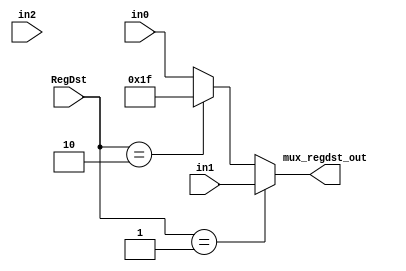
`timescale 1ns / 1ps
//////////////////////////////////////////////////////////////////////////////////
// Company: 
// Engineer: 
// 
// Design Name: 
// Module Name:    mux 
// Project Name: 
// Target Devices: 
// Tool versions: 
// Description: 
//
// Dependencies: 
//
// Revision: 
// Revision 0.01 - File Created
// Additional Comments: 
//
//////////////////////////////////////////////////////////////////////////////////
module mux_regdst(
	input [4:0] in0,
	input [4:0] in1,
	input [4:0] in2,  // if RegDst == 2 , then it's jal , write register $31 
	input [1:0] RegDst,
	output [4:0] mux_regdst_out
    );
	 //assign in2 = 31;
	 assign mux_regdst_out = (RegDst == 1)? in1 :
									 (RegDst == 2)? 5'b11111 : in0;
endmodule

module mux_alusrc(
	input [31:0] in0,
	input [31:0] in1,
	input ALUSrc,     // its "S" capital 
	output [31:0] mux_alusrc_out

);
	assign mux_alusrc_out = (ALUSrc == 1)? in1 :in0;
	
endmodule 

module mux_memtoreg(  // select 32-bit data 
	input [31:0] in0,
	input [31:0] in1,
	input [31:0] in2,
	input [31:0] in3,
	input [1:0] MemtoReg,
	output [31:0] mux_memtoreg_out

);
	assign mux_memtoreg_out = (MemtoReg == 1)? in1 :
									  (MemtoReg == 2)? in2 : 
									  (MemtoReg == 3)? in3: in0;
endmodule